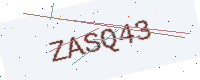
Text: ZASQ43